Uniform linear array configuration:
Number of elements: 16
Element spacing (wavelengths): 0.5
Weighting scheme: blackman
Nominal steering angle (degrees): -15
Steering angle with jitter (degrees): -13.316
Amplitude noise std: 0.05
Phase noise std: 0.05

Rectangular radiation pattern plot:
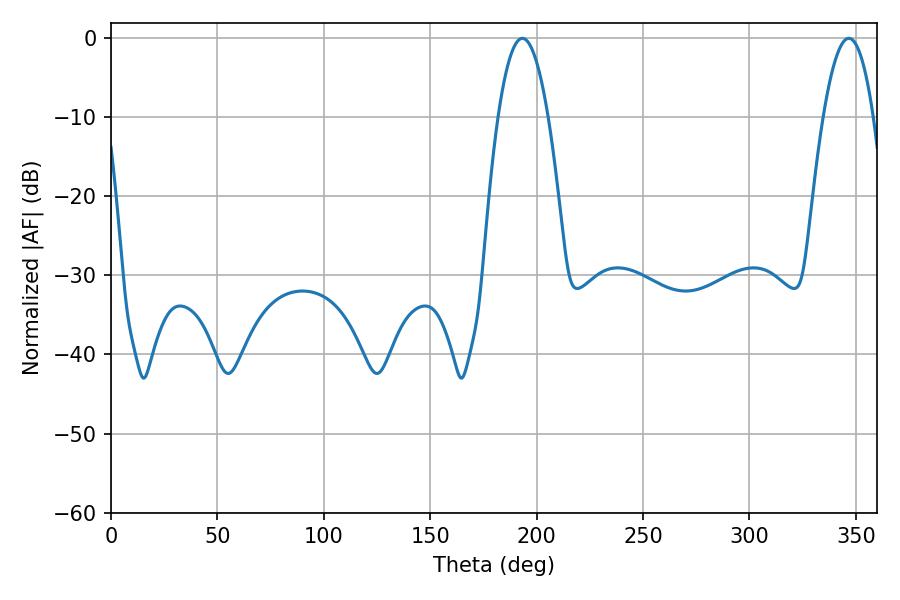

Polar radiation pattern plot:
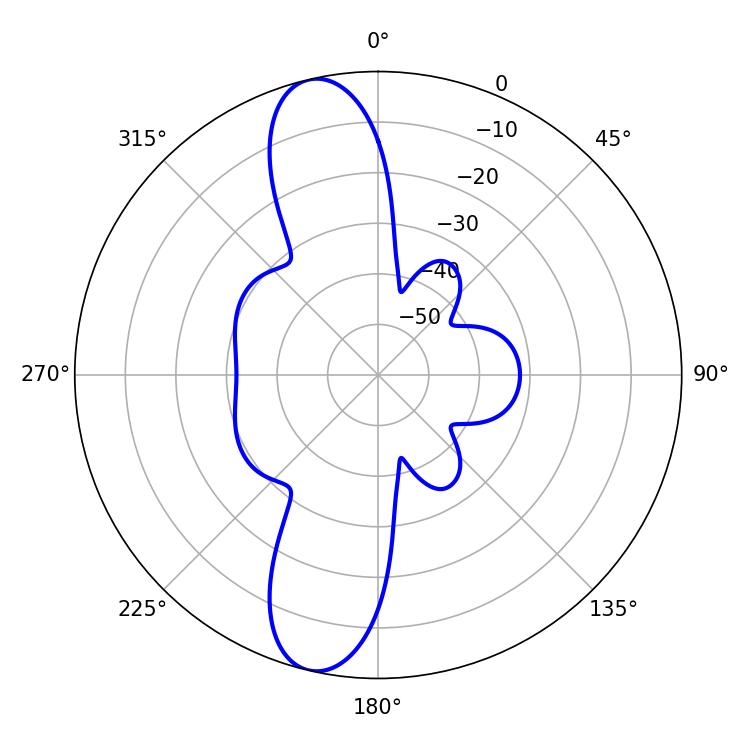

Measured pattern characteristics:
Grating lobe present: FALSE
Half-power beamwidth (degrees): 12.96
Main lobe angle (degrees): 193.32